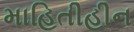
માહિતીહીન